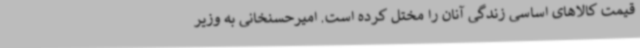
قیمت کالاهای اساسی زندگی آنان را مختل کرده است. امیرحسنخانی به وزیر